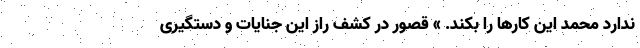
ندارد محمد این کارها را بکند. » قصور در کشف راز این جنایات و دستگیری